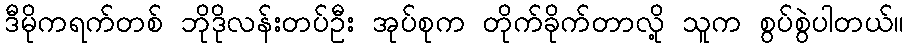
ဒီမိုကရက်တစ် ဘိုဒိုလန်းတပ်ဦး အုပ်စုက တိုက်ခိုက်တာလို့ သူက စွပ်စွဲပါတယ်။